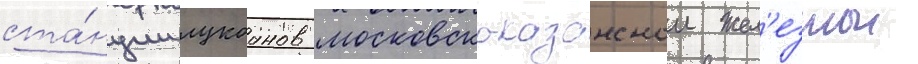
ста́нции лукоанов московско-казанскои жел'езнои